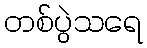
တစ်ပွဲသရေ